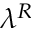
\lambda ^ { R }